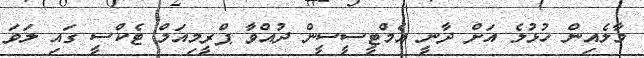
މާލެއިން ހުޅުލެ އަށް ދާނީ އެމްޓީސީސީން ދުއްވާ ޕްރީމިއަމް ޓެކްސީ ގައި ލަވަ